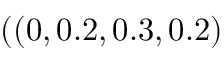
( ( 0 , 0 . 2 , 0 . 3 , 0 . 2 )